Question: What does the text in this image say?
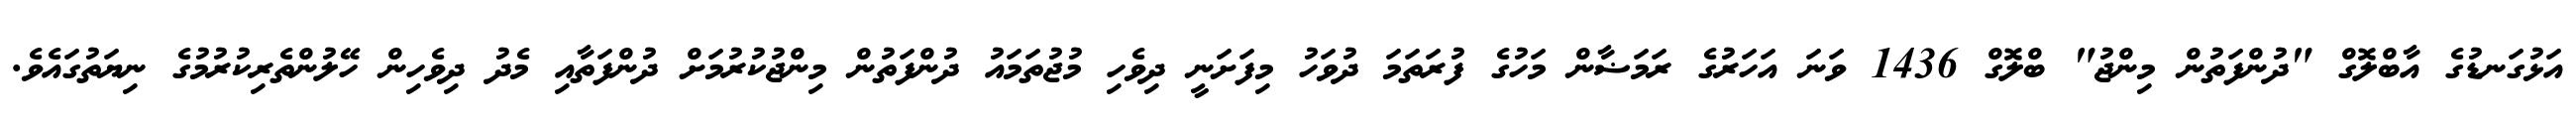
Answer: އަޅުގަނޑުގެ އާބްލޮގް "ދުންފަތުން މިންޖު" ބްލޮގް 1436 ވަނަ އަހަރުގެ ރަމަޟާން މަހުގެ ފުރަތަމަ ދުވަހު މިފަށަނީ ދިވެހި މުޖުތަމައު ދުންފަތުން މިންޖުކުރުމަށް ދުންފަތާއި މެދު ދިވެހިން ހޭލުންތެރިކުރުމުގެ ނިޔަތުގައެވެ.